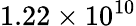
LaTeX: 1.22\times 10^{10}